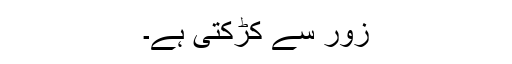
زور سے کڑکتی ہے۔